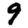
Digit: 9